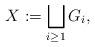
LaTeX: \begin{align*}X : = \bigsqcup_{i \geq 1} G_i,\end{align*}